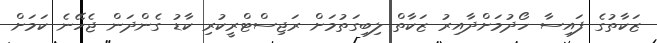
ޒަކާތުގެ ފައިސާ ހޯދުމަށްދާއިރު ޒަކާތް ލިބިގަތުމަށް ރަޖިސްޓްރީކުރި ކާޑު ގެންދަން ޖެހޭނެ ކަމަށް